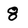
Character: 8